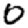
Digit: 0